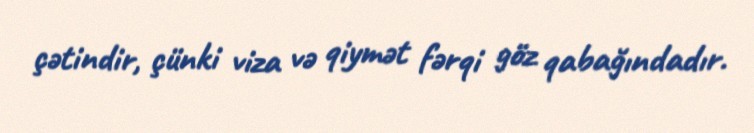
çətindir, çünki viza və qiymət fərqi göz qabağındadır.